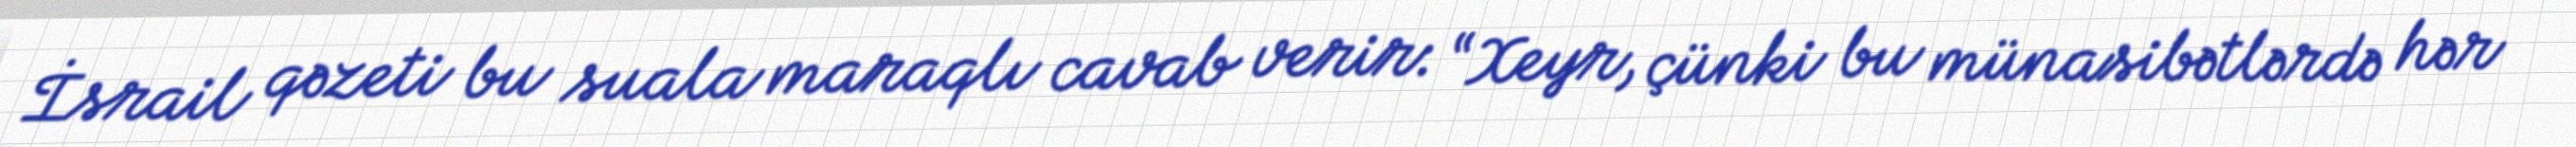
İsrail qəzeti bu suala maraqlı cavab verir: “Xeyr, çünki bu münasibətlərdə hər